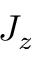
J _ { z }